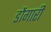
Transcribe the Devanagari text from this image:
डोंगारी